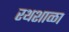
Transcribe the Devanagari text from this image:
रथशाळा